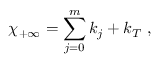
\chi _ { + \infty } = \sum _ { j = 0 } ^ { m } k _ { j } + k _ { T } ~ , ~ \,